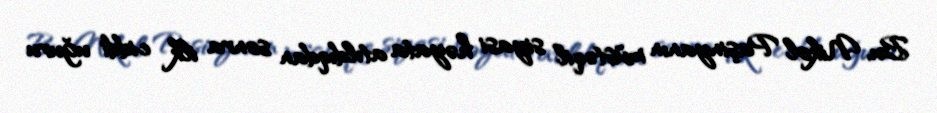
Bu, Nikol Paşinyanın müstəqil siyasi həyata atıldıqdan sonra ilk ciddi uğuru